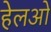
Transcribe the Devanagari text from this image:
हेलओ